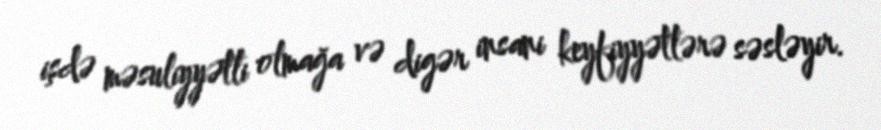
işdə məsuliyyətli olmağa və digər insani keyfiyyətlərə səsləyir.